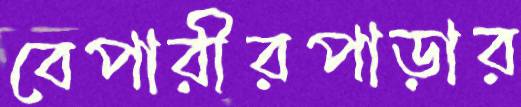
বেপারীরপাড়ার